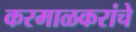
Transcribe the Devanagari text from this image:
करमाळकरांचे